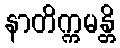
နာတိက္ကမန္တိ